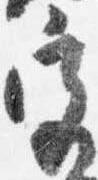
宮